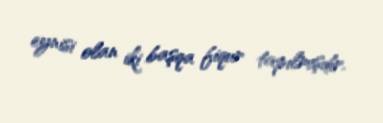
eynisi olan iki başqa fiqur tapılmışdır.